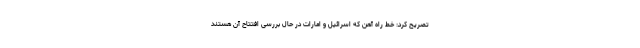
تصریح کرد: خط راه آهن که اسرائیل و امارات در حال بررسی افتتاح آن هستند